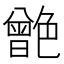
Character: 䒏